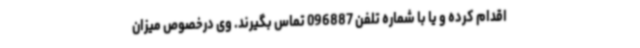
اقدام کرده و یا با شماره تلفن 096887 تماس بگیرند. وی درخصوص میزان